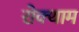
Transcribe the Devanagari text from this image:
रोक्थाम